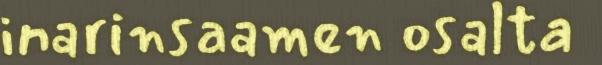
inarinsaamen osalta